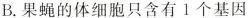
B.果蝇的体细胞只含有1个基因